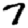
Digit: 7